Sketch of the medical history of the native army of Bombay, for the year
Year: 1875
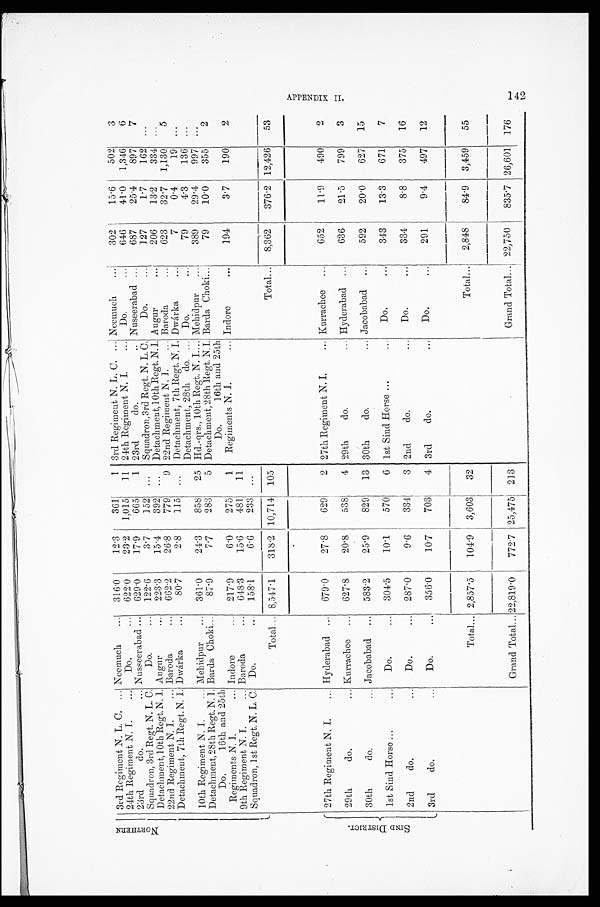
N O R T H E R N
3rd Regiment N. L. C. . . .
Neemuch . . .
316.0
12.3
361
1
3rd Regiment N. L. C. . . .
Neemuch . . .
302
15.6
502
3
24th Regiment N. I. . . .
D o . . . .
622.0
23.2
1,015
11
24th Regiment N. I. . . .
Do. . . .
646
41.0
1,346
6
2 3 r d d o . . . .
Nuseerabad . . .
629.0
17.9
665
1 23rd do. . . .
Nuseerabad . . .
687
25.4
897
7
Squadron, 3rd Regt. N. L. C.
Do. . . .
122.6
3.7
152
. . .
Squadron, 3rd Regt. N. L. C.
Do. . . .
127
1.7
162
. . .
Detachment,10th Regt. N. I. Augur . . .
223.3
15.4
392
. . .
Detachment,10th Regt. N. I. Augur . . .
206
13.2
334
. . .
22nd Regiment N. I. . . .
Baroda . . .
662.2
26.8
779
9 22nd Regiment N. I. . . .
Baroda . . .
623
32.7
1,130
5
Detachment, 7th Regt. N. 1. Dwárka . . .
80.7
2.8
115
. . .
Detachment., 7th Regt. N. I. Dwárka . . .
7
0.4
19
. . .
10th Regiment N. I. . . .
Mehidpur . . .
361.0
24.3
858
25
Detachment, 28th do. . . .
Do. . . .
79
4.3
136
. . .
Hd.-qrs., 10th Regt. N. I. . . . Mehidpur . . .
389
29.4
997
. . .
Detachment, 28th Regt. N. I. Barda Choki. . . .
87.9
7.7
283
5 Detachment, 28th Regt. N. I. Barda Choki . . .
79
10.0
355
2
Do. 16th and 25th
Do. 16th and 25th
Regiments N. I. . . .
I n d o r e . . .
217.9
6.0
275
1
Regiments N. I. . . .
Indore . . .
194
3.7
190
2
9th Regiment N. I. . . .
Baroda . . .
648.3
15.6
481
11
Squadron, 1st Regt. N. L. C.
Do. . . .
158.1
6.6
233
. . .
Total . . . 8,547.1
318.2 10,714
105
Total . . .
8,362
376.2 12,426
53
S I N D D I S T R I C T .
27th Regiment N. I. . . .
Hyderabad . . .
679.0
27.8
629
2 27th Regiment N. I. . . .
Kurrachee . . .
652
11.9
490
2
29th do. . . .
Kurrachee . . .
627.8
20.8
538
4 29th do. . . .
Hyderabad . . .
636
21.5
799
3
30th do. . . .
Jacobabad . . .
583.2
25.9
829
13 30th do. . . .
Jacobabad . . .
592
20.0
627
15
1st Sind Horse . . .
Do. . . .
304.5
10.1
570
6 1st Sind Horse . . .
Do. . . .
343
13.3
671
7
2nd do. . . .
Do. . . .
287.0
9.6
334
3 2nd do. . . .
Do. . . .
334
8.8
375
16
3rd do. . . .
Do. . . .
356.0
10.7
703
4 3rd do. . . .
Do. . . .
291
9.4
497
12
Total . . . 2,857.5
104.9
3,603
32
Total . . .
2,848
84.9
3,459
55
Grand Total . . .
22,819.0
772.7 25,475
213
Grand Total . . . 22,750
835.7 26,601
176